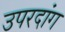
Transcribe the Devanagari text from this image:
उपरदांग